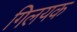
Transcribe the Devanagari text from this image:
गिलयक